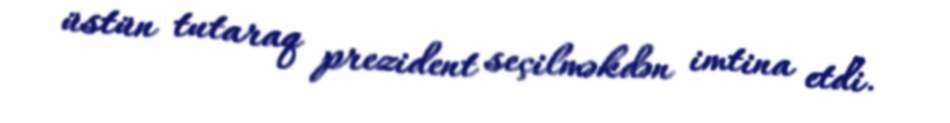
üstün tutaraq prezident seçilməkdən imtina etdi.